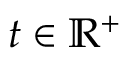
t \in \mathbb { R } ^ { + }